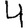
Digit: 4